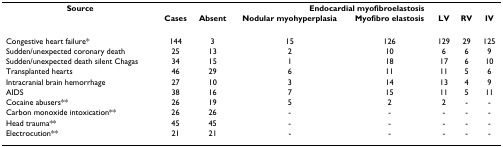
<table><thead><tr><td><b>Source</b></td><td></td><td></td><td colspan="5"><b>Endocardial myofibroelastosis</b></td></tr><tr><td></td><td><b>Cases</b></td><td><b>Absent</b></td><td><b>Nodular myohyperplasia</b></td><td><b>Myofibro elastosis</b></td><td><b>LV</b></td><td><b>RV</b></td><td><b>IV</b></td></tr></thead><tbody><tr><td>Congestive heart failure*</td><td>144</td><td>3</td><td>15</td><td>126</td><td>129</td><td>29</td><td>125</td></tr><tr><td>Sudden/unexpected coronary death</td><td>25</td><td>13</td><td>2</td><td>10</td><td>6</td><td>6</td><td>9</td></tr><tr><td>Sudden/unexpected death silent Chagas</td><td>34</td><td>15</td><td>1</td><td>18</td><td>17</td><td>6</td><td>10</td></tr><tr><td>Transplanted hearts</td><td>46</td><td>29</td><td>6</td><td>11</td><td>11</td><td>5</td><td>6</td></tr><tr><td>Intracranial brain hemorrhage</td><td>27</td><td>10</td><td>3</td><td>14</td><td>13</td><td>4</td><td>9</td></tr><tr><td>AIDS</td><td>38</td><td>16</td><td>7</td><td>15</td><td>11</td><td>5</td><td>11</td></tr><tr><td>Cocaine abusers**</td><td>26</td><td>19</td><td>5</td><td>2</td><td>2</td><td>-</td><td>-</td></tr><tr><td>Carbon monoxide intoxication**</td><td>26</td><td>26</td><td>-</td><td>-</td><td>-</td><td>-</td><td>-</td></tr><tr><td>Head trauma**</td><td>45</td><td>45</td><td>-</td><td>-</td><td>-</td><td>-</td><td>-</td></tr><tr><td>Electrocution**</td><td>21</td><td>21</td><td>-</td><td>-</td><td>-</td><td>-</td><td>-</td></tr></tbody></table>